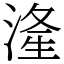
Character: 湰